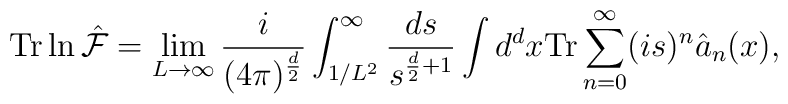
{\rm Tr} \ln \hat{\cal F} = \lim_{L \rightarrow \infty} \frac{i}{ (4 \pi)^{\frac{d}{2}} } \int_{1/L^2}^{\infty}\frac{ds}{s^{\frac{d}{2}+1}} \int d^dx {\rm Tr} \sum_{n=0}^{\infty} (i s)^n \hat{a}_n(x) ,